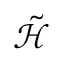
\tilde { \mathcal { H } }